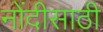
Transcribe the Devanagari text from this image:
नोंदीसाठी